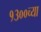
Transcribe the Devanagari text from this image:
१३००च्या